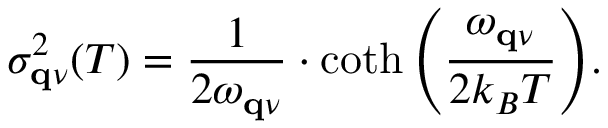
\sigma _ { \mathbf { q } \nu } ^ { 2 } ( T ) = \frac { 1 } { 2 \omega _ { \mathbf { q } \nu } } \cdot \coth { \left( \frac { \omega _ { \mathbf { q } \nu } } { 2 k _ { B } T } \right) } .